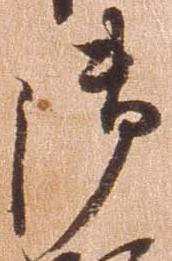
御